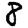
Digit: 8